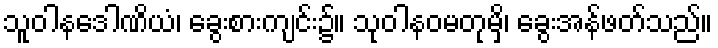
သူဝါနဒေါဏိယံ၊ ခွေးစားကျင်း၌။ သုဝါနဝမတုမှိ၊ ခွေးအန်ဖတ်သည်။